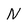
Character: N